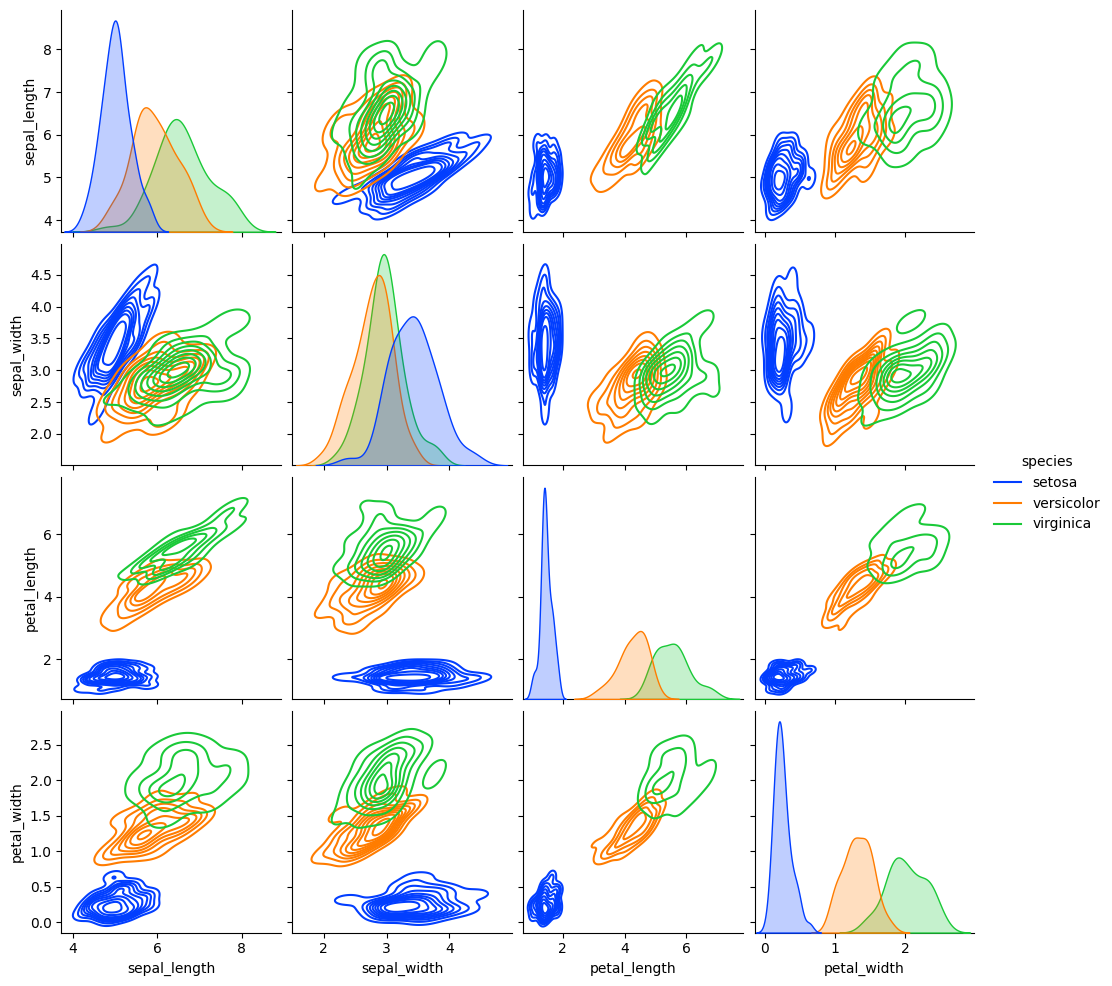
python, seaborn, pairplot, palette='bright', markers=['o'], kind='kde', diag_kind='auto'